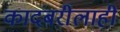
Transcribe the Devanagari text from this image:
कादंबरीलाही